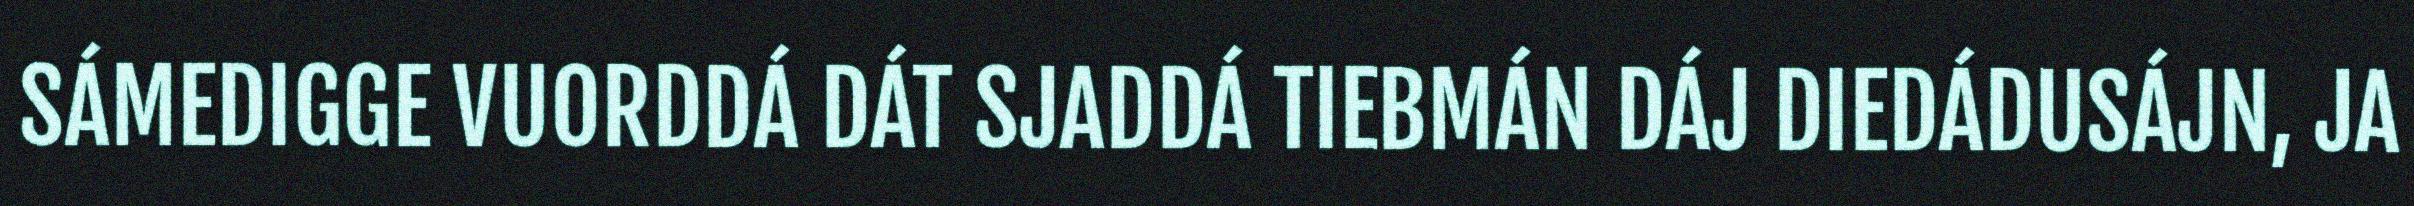
SÁMEDIGGE VUORDDÁ DÁT SJADDÁ TIEBMÁN DÁJ DIEDÁDUSÁJN, JA